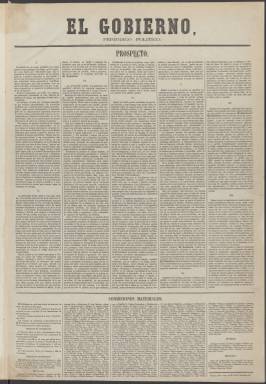
Título: El Gobierno (Madrid. 1864)
Colección: Periódicos
Ámbito geográfico: Madrid
Lugar de publicación: Madrid
Fechas: 01/01/1864-04/10/1865